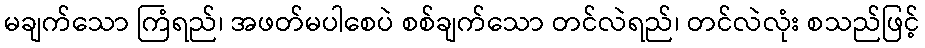
မချက်သော ကြံရည်၊ အဖတ်မပါစေပဲ စစ်ချက်သော တင်လဲရည်၊ တင်လဲလုံး စသည်ဖြင့်